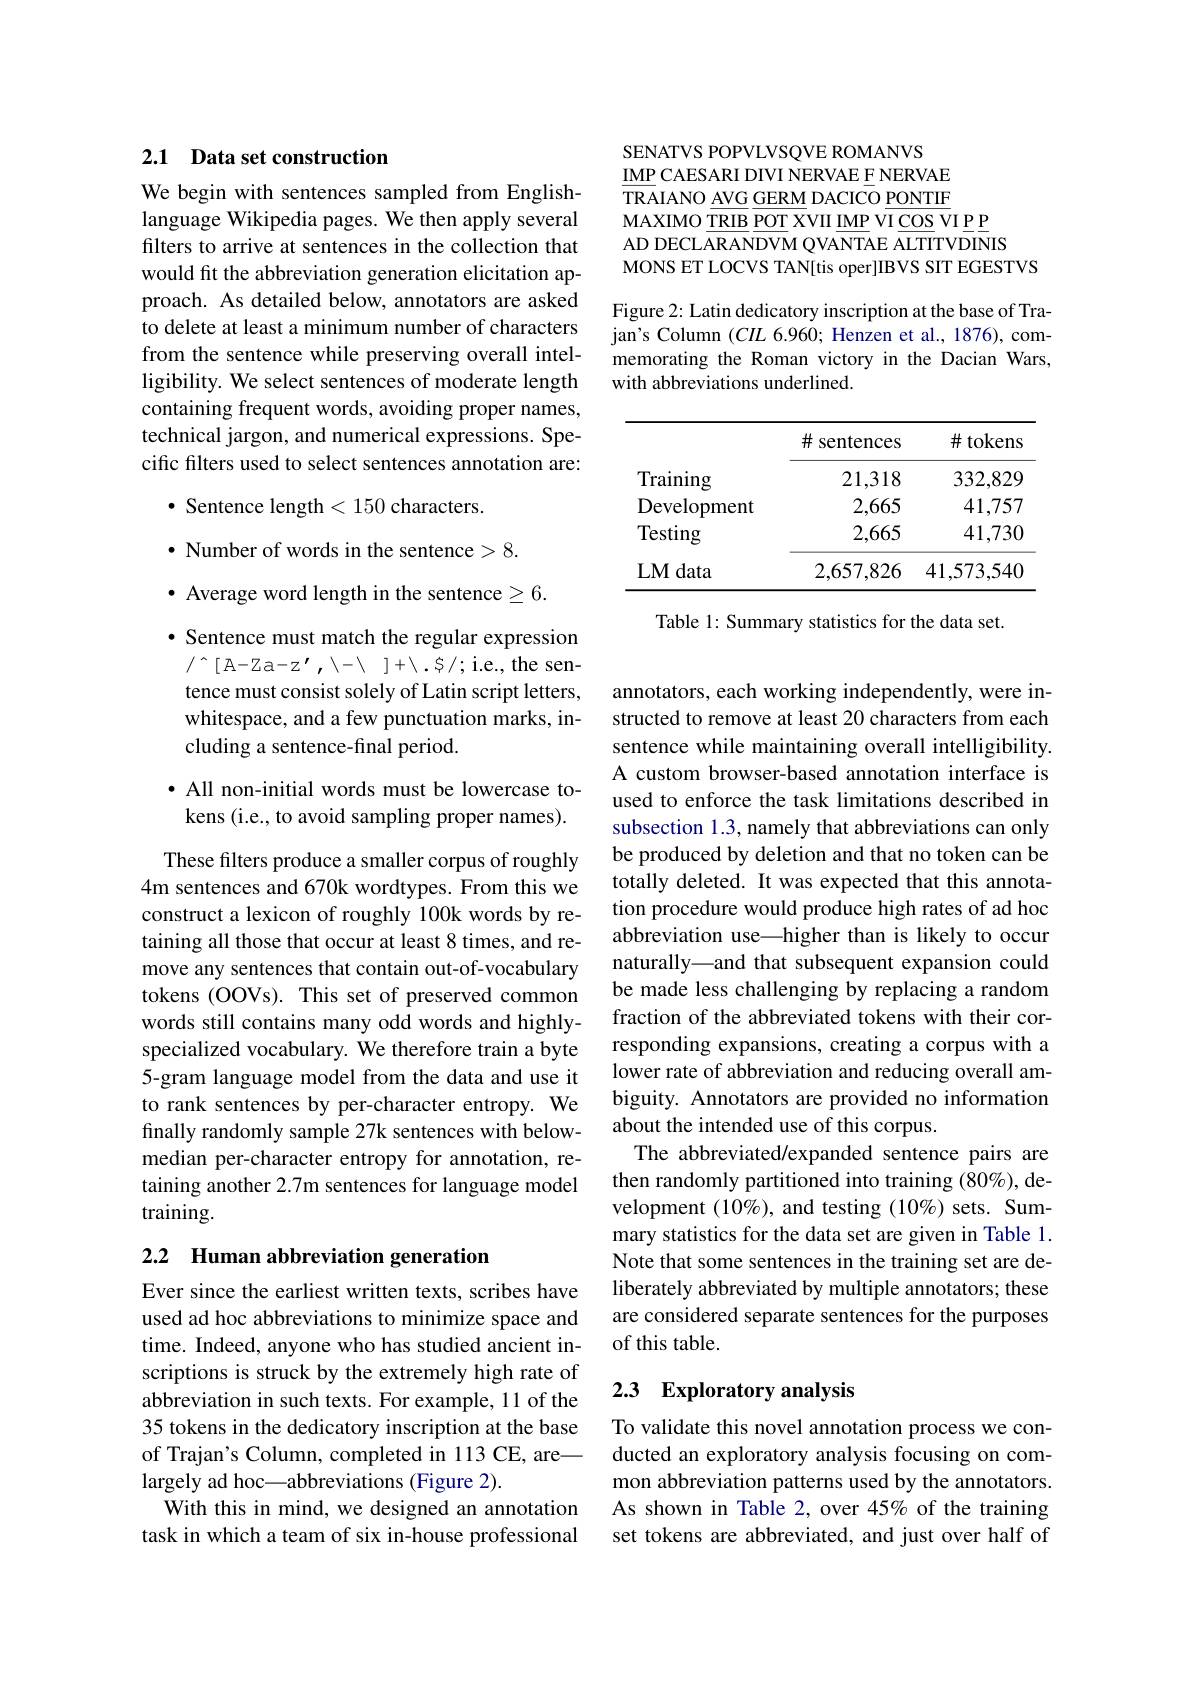
### 2.1 Data set construction

We begin with sentences sampled from Englishlanguage Wikipedia pages. We then apply several filters to arrive at sentences in the collection that would fit the abbreviation generation elicitation approach. As detailed below, annotators are asked to delete at least a minimum number of characters from the sentence while preserving overall intelligibility. We select sentences of moderate length containing frequent words, avoiding proper names, technical jargon, and numerical expressions. Specific filters used to select sentences annotation are:

· Sentence length < 150 characters.

$\bullet$ Number of words in the sentence>8.

$\bullet$ Average word length in the sentence$\geq6.$

· Sentence must match the regular expression

$/ ^{ }[$A- Za- $z^{\prime }$, $\setminus - \setminus ] + \setminus . S/ ;$i.e.,the sen-

tence must consist solely of Latin script letters,

whitespace, and a few punctuation marks, in-

cluding a sentence-final period.

· All non-initial words must be lowercase tokens (i.e., to avoid sampling proper names).

These filters produce a smaller corpus of roughly 4m sentences and 670k wordtypes. From this we construct a lexicon of roughly 100k words by retaining all those that occur at least 8 times, and remove any sentences that contain out-of-vocabulary tokens (OOVs). This set of preserved common words still contains many odd words and highlyspecialized vocabulary. We therefore train a byte 5-gram language model from the data and use it to rank sentences by per-character entropy.We finally randomly sample 27k sentences with belowmedian per-character entropy for annotation, retaining another 2.7m sentences for language model training.

## 2.2 Human abbreviation generation

Ever since the earliest written texts, scribes have used ad hoc abbreviations to minimize space and time. Indeed, anyone who has studied ancient inscriptions is struck by the extremely high rate of abbreviation in such texts. For example, 11 of the 35 tokens in the dedicatory inscription at the base of Trajan's Column, completed in 113 CE, are— largely ad hoc\_abbreviations (Figure 2).
With this in mind, we designed an annotation task in which a team of six in-house professional

SENATVS POPVLVSQVE ROMANVS
$\underline{\mathrm{IMP}}$ CAESARI DIVI NERVAE F NERVAE TRAIANO$\underline {\mathrm{AVG}}\underline {\mathrm{GERM}}\underline {\mathrm{DACICO}}\underline {\mathrm{PONTIF}}$ MAXIMO $\underline{\mathrm{TRIB}}\underline{\mathrm{POT}}$ XVII IMP VI COS VI P AD DECLARANDVM QVANTAE ALTITVDINIS MONS ET LOCVS TAN[tis oper]IBVS SIT EGESTVS Figure 2: Latin dedicatory inscription at the base of Trajan's Column $(CIL$ 6.960; Henzen et al., 1876), commemorating the Roman victory in the Dacian Wars, with abbreviations underlined.

<table>
	<tbody>
		<tr>
			<th> </th>
			<th>$\#$ sentences</th>
			<th>$\#$ tokens</th>
		</tr>
		<tr>
			<td>Training</td>
			<td>21,318</td>
			<td>332,829</td>
		</tr>
		<tr>
			<td>Development</td>
			<td>2,665</td>
			<td>41,757</td>
		</tr>
		<tr>
			<td>Testing</td>
			<td>2,665</td>
			<td>41,730</td>
		</tr>
		<tr>
			<td>LM data</td>
			<td>2.657.826</td>
			<td>41,573,54C</td>
		</tr>
	</tbody>
</table>

Table 1: Summary statistics for the data set.

annotators, each working independently, were instructed to remove at least 20 characters from each sentence while maintaining overall intelligibility. A custom browser-based annotation interface is used to enforce the task limitations described in subsection 1.3, namely that abbreviations can only be produced by deletion and that no token canbe totally deleted. It was expected that this annotation procedure would produce high rates of ad hoc abbreviation use—higher than is likely to occur naturally—and that subsequent expansion could be made less challenging by replacing a random fraction of the abbreviated tokens with their corresponding expansions, creating a corpus with a lower rate of abbreviation and reducing overall ambiguity. Annotators are provided no information about the intended use of this corpus.
The abbreviated/expanded sentence pairs are then randomly partitioned into training (80%), development $(10\%)$, and testing $(10\%)$ sets. Summary statistics for the data set are given in Table 1. Note that some sentences in the training set are deliberately abbreviated by multiple annotators; these are considered separate sentences for the purposes of this table.

## 2.3 Exploratory analysis

To validate this novel annotation process we conducted an exploratory analysis focusing on common abbreviation patterns used by the annotators. As shown in Table 2, over 45% of the training set tokens are abbreviated, and just over half of